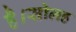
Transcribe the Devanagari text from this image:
है।सोलह